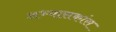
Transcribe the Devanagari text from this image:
अभ्यासकांस